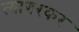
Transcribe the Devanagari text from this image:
त्यागरकर